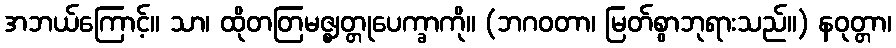
အဘယ်ကြောင့်။ သာ၊ ထိုတတြမဇ္ဈတ္တုပေက္ခာကို။ (ဘဂဝတာ၊ မြတ်စွာဘုရားသည်။) နဝုတ္တာ၊